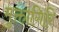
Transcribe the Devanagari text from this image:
मुक्तागिरि